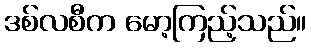
ဒစ်လစီက မော့ကြည့်သည်။